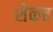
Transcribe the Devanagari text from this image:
शेकत